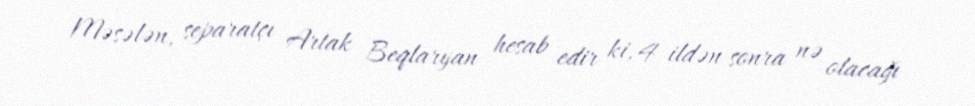
Məsələn, separatçı Artak Beqlaryan hesab edir ki, 4 ildən sonra nə olacağı